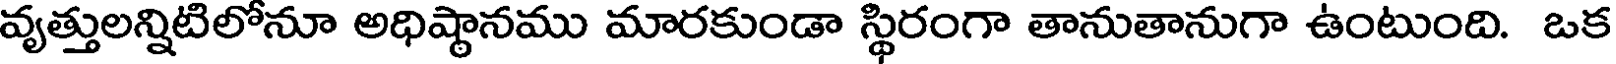
వ్యత్తులన్నిటిలోనూ అధిష్టానము మారకుండా స్థిరంగా తానుతానుగా ఉంటుంది. ఒక